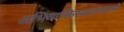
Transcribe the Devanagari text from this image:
अभिव्यक्तिस्वातंत्र्याने